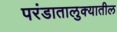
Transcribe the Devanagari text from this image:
परंडातालुक्यातील